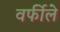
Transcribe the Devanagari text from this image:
वर्फीले